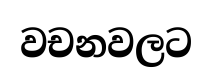
වචනවලට